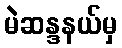
မဲဆန္ဒနယ်မှ